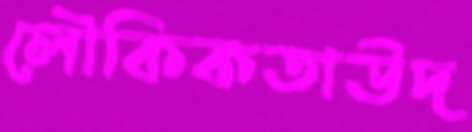
লৌকিকতাউদ